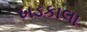
ખડકાલા